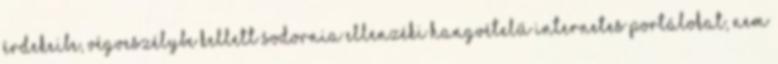
érdekeibe, végveszélybe kellett sodornia ellenzéki hangvételű internetes portálokat, nem